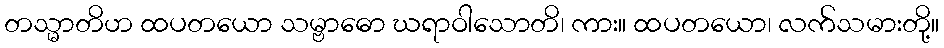
တသ္မာတိဟ ထပတယော သမ္ဗာဓော ဃရာဝါသောတိ၊ ကား။ ထပတယော၊ လက်သမားတို့။